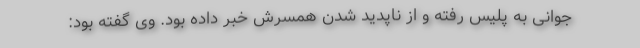
جوانی به پلیس رفته و از ناپدید شدن همسرش خبر داده بود. وی گفته بود: